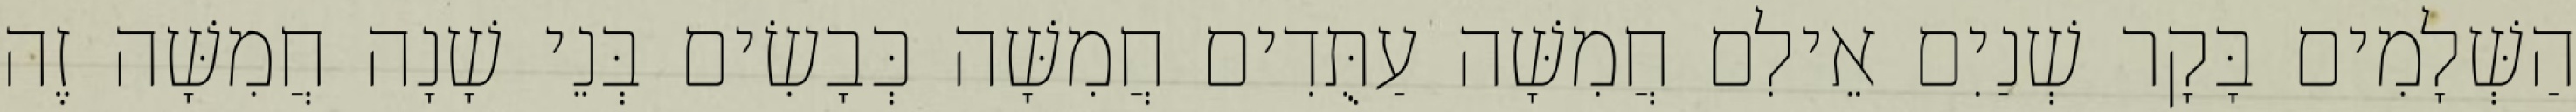
הַשְּׁלָמִים בָּקָר שְׁנַיִם אֵילִם חֲמִשָּׁה עַתֻּדִים חֲמִשָּׁה כְּבָשִׂים בְּנֵי שָׁנָה חֲמִשָּׁה זֶה